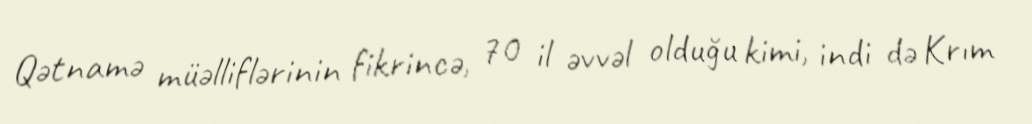
Qətnamə müəlliflərinin fikrincə, 70 il əvvəl olduğu kimi, indi də Krım